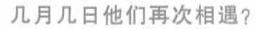
几月几日他们再次相遇?